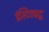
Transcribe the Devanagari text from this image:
इंस्टिट्यटू